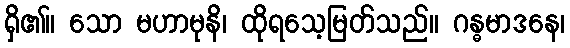
ရှိ၏။ သော မဟာမုနိ၊ ထိုရသေ့မြတ်သည်။ ဂန္ဓမာဒနေ၊